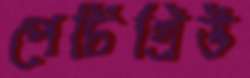
পেটিগ্রিউ